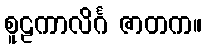
စူဠကာလိင်္ဂ ဇာတက။